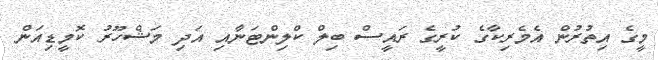
މީގެ އިތުރުން އެމެރިކާގެ ކުރީގެ ރައީސް ބިލް ކްލިންޓަނާއި އަދި މަޝްހޫރު ކޮމީޑިއަން